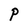
Character: P